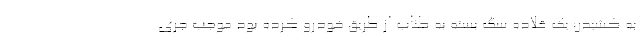
به کشیدن یک قلاده سگ بسته به طناب از طریق خودرو کرده بود موجب جری